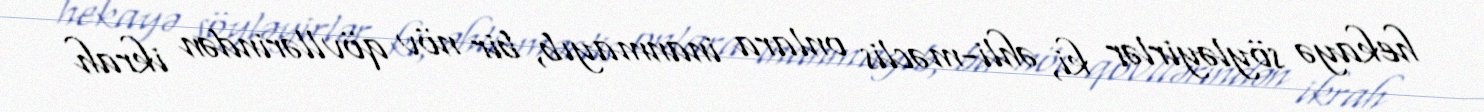
hekayə söyləyirlər ki, əhli-məclis onlara inanmayıb, bir növ qövllərindən ikrah